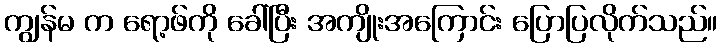
ကျွန်မ က ရော့ဖ်ကို ခေါ်ပြီး အကျိုးအကြောင်း ပြောပြလိုက်သည်။